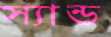
স্যান্ড